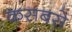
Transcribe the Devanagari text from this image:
कसबसे